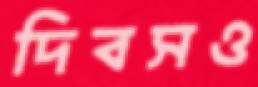
দিবসও